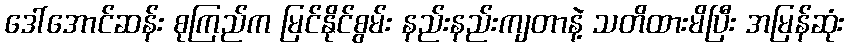
ဒေါ်အောင်ဆန်း စုကြည်က မြင်နိုင်စွမ်း နည်းနည်းကျတာနဲ့ သတိထားမိပြီး အမြန်ဆုံး